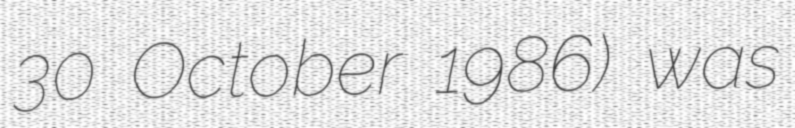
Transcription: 30 October 1986) was